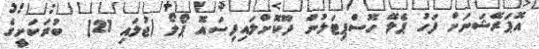
އޮޕަރޭޝަނަށް ފަހު ޕެލޭ ހޮސްޕިޓަލުން ދޫކޮށްލައިފިސައޮ ޕޯލޯ (ޖުލައި 21)  ބުރަކަށީގެ